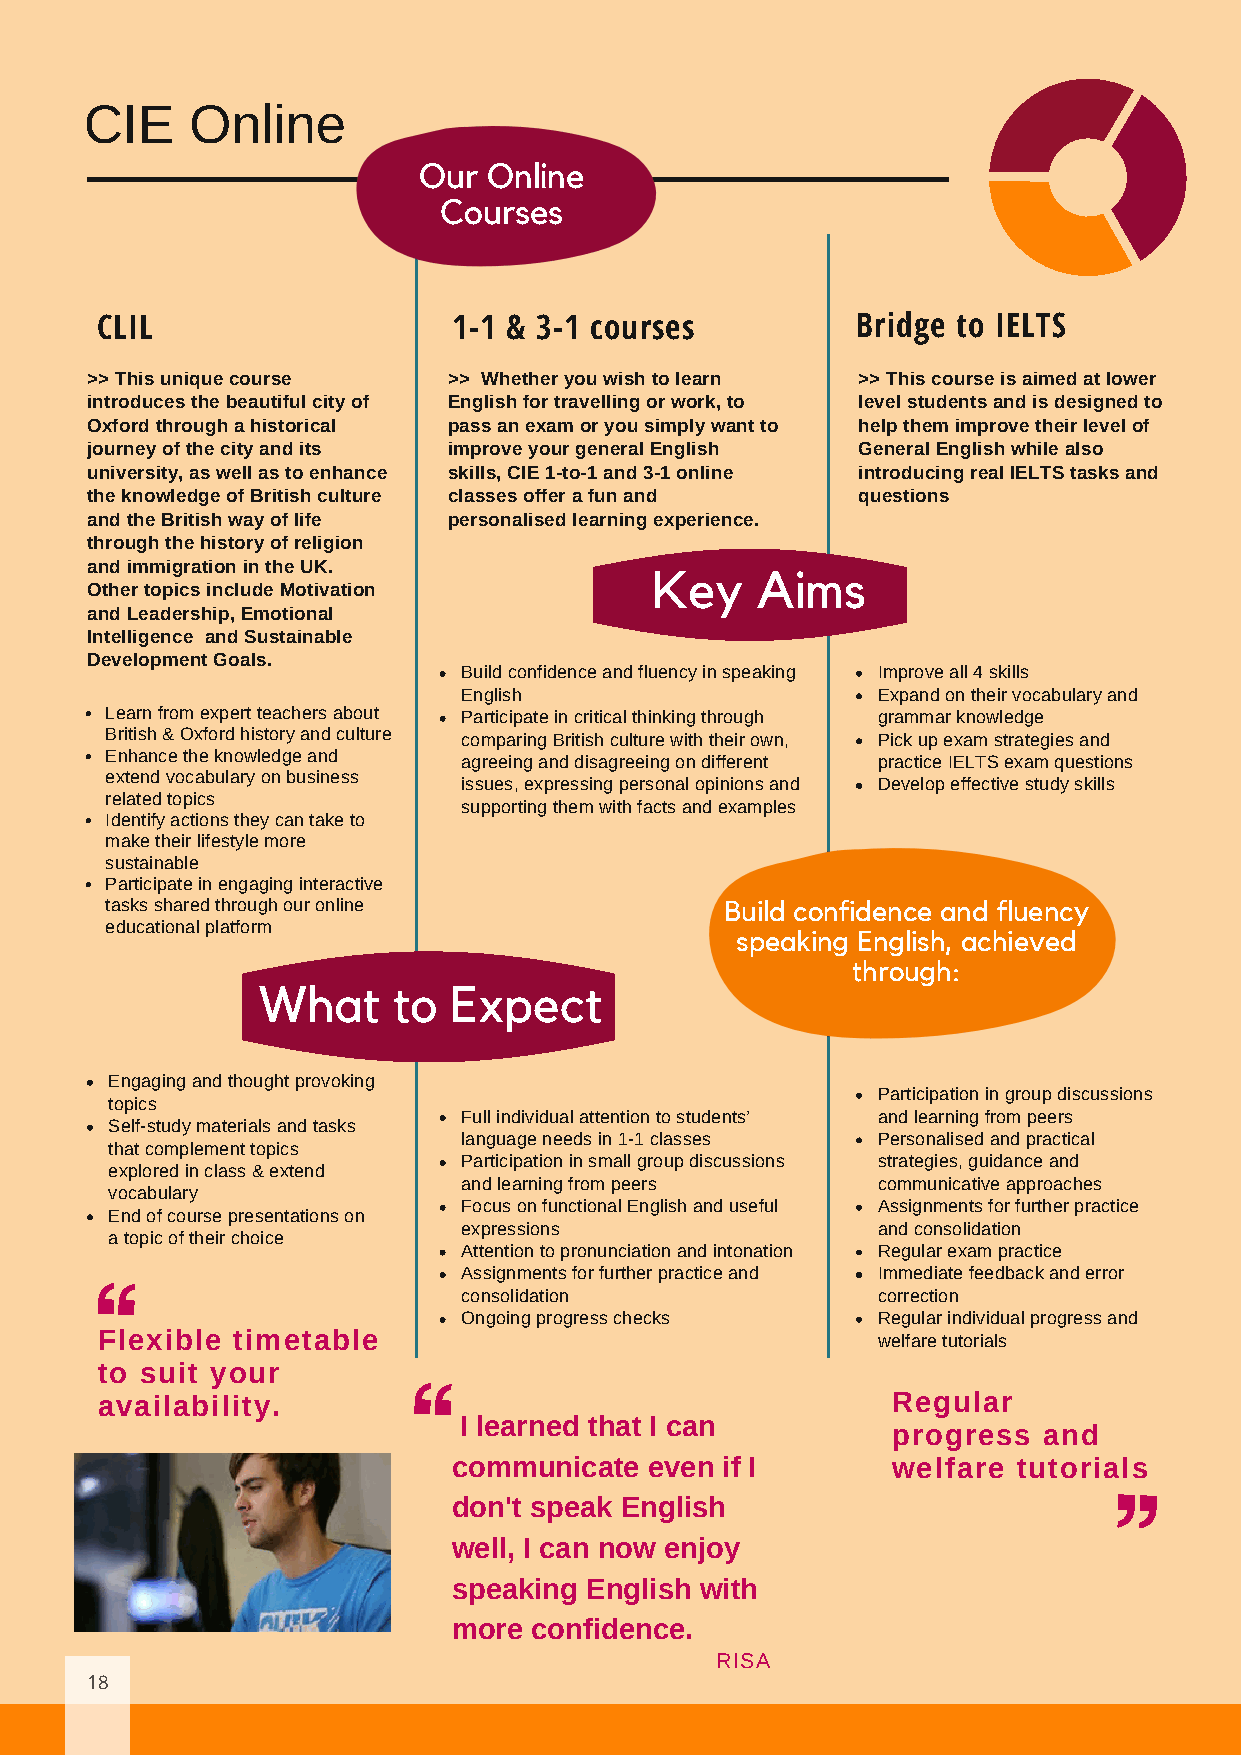
CIE    Online
 Our Online
 Courses
 CLIL                    1-1 & 3-1 courses          Bridge to IELTS
 >> This unique course   >> Whether you wish to learn >> This course is aimed at lower
 introduces the beautiful city of English for travelling or work, to level students and is designed to
 Oxford through a historical pass an exam or you simply want to help them improve their level of
 journey of the city and its improve your general English General English while also
 university, as well as to enhance skills, CIE 1-to-1 and 3-1 online introducing real IELTS tasks and
 the knowledge of British culture classes offer a fun and questions
 and the British way of life personalised learning experience.
 through the history of religion
 and immigration in the UK.
 Key    Aims
 Other topics include Motivation
 and Leadership, Emotional
 Intelligence and Sustainable
 Development Goals.
 Build confidence and fluency in speaking Improve all 4 skills
 English                    Expand on their vocabulary and
 Learn from expert teachers about Participate in critical thinking through grammar knowledge
 British & Oxford history and culture comparing British culture with their own, Pick up exam strategies and
 Enhance the knowledge and agreeing and disagreeing on different practice IELTS exam questions
 extend vocabulary on business
 issues, expressing personal opinions and Develop effective study skills
 related topics
 supporting them with facts and examples
 Identify actions they can take to
 make their lifestyle more
 sustainable
 Participate in engaging interactive
 tasks shared through our online          Build confidence and fluency
 educational platform
 speaking English, achieved
 through:
 What     to  Expect
 Engaging and thought provoking
 Participation in group discussions
 topics
 Full individual attention to students’ and learning from peers
 Self-study materials and tasks
 language needs in 1-1 classes Personalised and practical
 that complement topics
 Participation in small group discussions strategies, guidance and
 explored in class & extend
 and learning from peers    communicative approaches
 vocabulary
 Focus on functional English and useful Assignments for further practice
 End of course presentations on
 expressions                and consolidation
 a topic of their choice
 Attention to pronunciation and intonation Regular exam practice
 Assignments for further practice and Immediate feedback and error
 consolidation              correction
 Ongoing progress checks    Regular individual progress and
 Flexible timetable                                  welfare tutorials
 to suit your
 availability.                                        Regular
 I learned that I can
 progress  and
 communicate  even if I       welfare tutorials
 don't speak English
 well, I can now enjoy
 speaking English with
 more confidence.
 RISA
 18